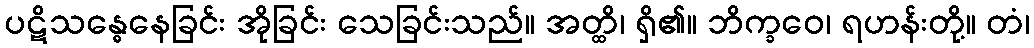
ပဋိသန္ဓေနေခြင်း အိုခြင်း သေခြင်းသည်။ အတ္ထိ၊ ရှိ၏။ ဘိက္ခဝေ၊ ရဟန်းတို့။ တံ၊